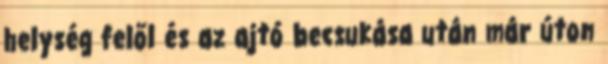
helység felől és az ajtó becsukása után már úton